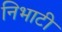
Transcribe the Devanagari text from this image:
निभाटी